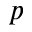
\boldsymbol { p }